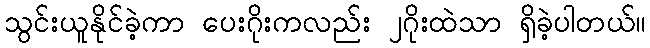
သွင်းယူနိုင်ခဲ့ကာ ပေးဂိုးကလည်း ၂ဂိုးထဲသာ ရှိခဲ့ပါတယ်။